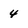
Character: 4